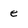
Character: e